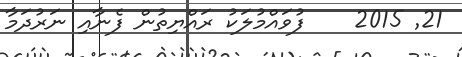
21